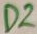
Text: D2